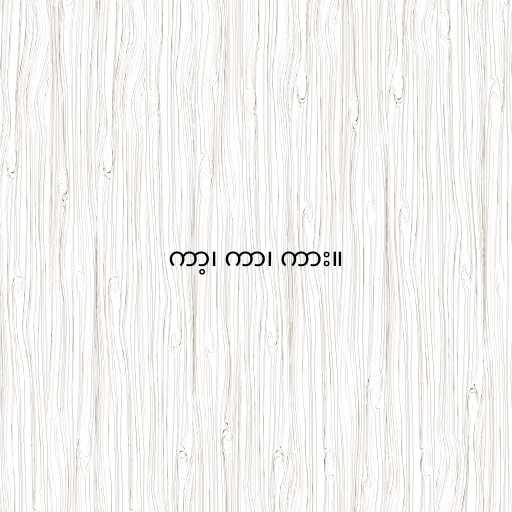
ကာ့၊ ကာ၊ ကား။